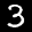
Label: 3